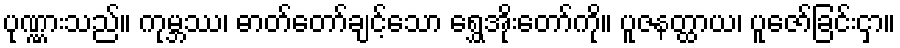
ပုဏ္ဏားသည်။ ကုမ္ဘဿ၊ ဓာတ်တော်ချင့်သော ရွှေအိုးတော်ကို။ ပူဇနတ္ထာယ၊ ပူဇော်ခြင်းငှာ။